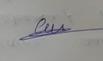
Signature authenticity: genuine